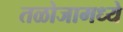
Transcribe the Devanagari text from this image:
तळोजामध्ये